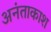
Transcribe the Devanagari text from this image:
अनंताकाश